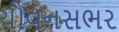
યૌવનસભર